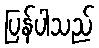
ပြန်ပါသည်